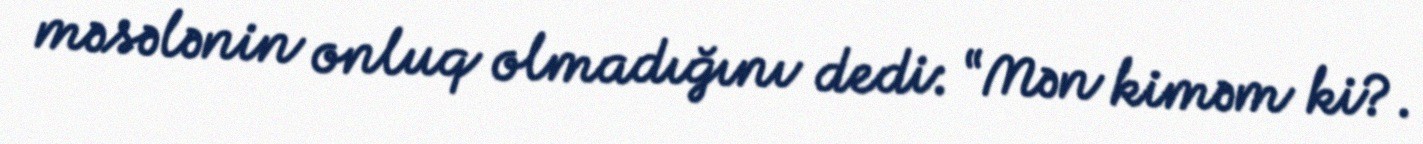
məsələnin onluq olmadığını dedi: “Mən kiməm ki?.